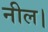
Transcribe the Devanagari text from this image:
नील।